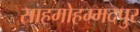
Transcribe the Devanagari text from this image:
साहमोहम्मदपुर